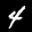
Label: 4